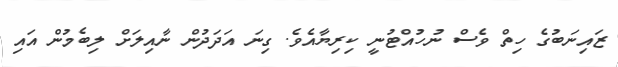
ޒައިނަބުގެ ހިތް ވެސް ނުހުއްޓުނީ ކިރިޔާއެވެ. ގިނަ އަދަދުން ނާއިލަށް ލިބެމުން އައި